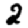
Digit: 2